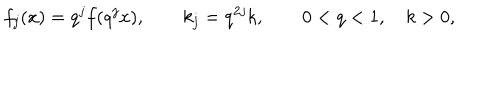
f _ { j } ( x ) = q ^ { j } f ( q ^ { j } x ) , \qquad k _ { j } = q ^ { 2 j } k , \qquad 0 < q < 1 , \quad k > 0 ,